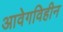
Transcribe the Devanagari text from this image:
आवेगविहीन